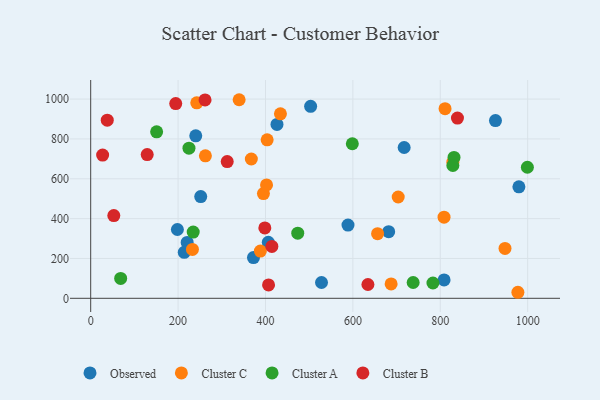
{"axis": {"x": "Engine Size", "y": "Yield"}, "legend": ["Cluster A", "Cluster B", "Cluster C", "Observed"], "data": [{"x": "406.4", "y": 281.0, "type": "Observed"}, {"x": "198.4", "y": 345.3, "type": "Observed"}, {"x": "240.4", "y": 815.3, "type": "Observed"}, {"x": "426.3", "y": 872.6, "type": "Observed"}, {"x": "214.1", "y": 230.7, "type": "Observed"}, {"x": "979.9", "y": 559.3, "type": "Observed"}, {"x": "717.3", "y": 756.9, "type": "Observed"}, {"x": "528.2", "y": 79.3, "type": "Observed"}, {"x": "588.8", "y": 367.7, "type": "Observed"}, {"x": "503.3", "y": 963.5, "type": "Observed"}, {"x": "220.8", "y": 280.4, "type": "Observed"}, {"x": "808.7", "y": 92.4, "type": "Observed"}, {"x": "926.3", "y": 892.2, "type": "Observed"}, {"x": "681.9", "y": 334.5, "type": "Observed"}, {"x": "372.5", "y": 204.3, "type": "Observed"}, {"x": "251.8", "y": 510.4, "type": "Observed"}, {"x": "434.2", "y": 925.8, "type": "Cluster C"}, {"x": "703.7", "y": 508.4, "type": "Cluster C"}, {"x": "388.3", "y": 237.0, "type": "Cluster C"}, {"x": "403.8", "y": 795.2, "type": "Cluster C"}, {"x": "948.1", "y": 250.5, "type": "Cluster C"}, {"x": "395.3", "y": 525.8, "type": "Cluster C"}, {"x": "808.6", "y": 407.3, "type": "Cluster C"}, {"x": "810.9", "y": 951.9, "type": "Cluster C"}, {"x": "262.5", "y": 715.2, "type": "Cluster C"}, {"x": "242.7", "y": 981.1, "type": "Cluster C"}, {"x": "687.5", "y": 72.4, "type": "Cluster C"}, {"x": "977.6", "y": 30.3, "type": "Cluster C"}, {"x": "656.5", "y": 324.2, "type": "Cluster C"}, {"x": "402.4", "y": 569.1, "type": "Cluster C"}, {"x": "828.8", "y": 683.3, "type": "Cluster C"}, {"x": "367.6", "y": 699.2, "type": "Cluster C"}, {"x": "339.7", "y": 996.7, "type": "Cluster C"}, {"x": "232.8", "y": 245.5, "type": "Cluster C"}, {"x": "737.9", "y": 79.3, "type": "Cluster A"}, {"x": "224.9", "y": 753.3, "type": "Cluster A"}, {"x": "234.6", "y": 332.4, "type": "Cluster A"}, {"x": "150.9", "y": 835.5, "type": "Cluster A"}, {"x": "473.8", "y": 326.9, "type": "Cluster A"}, {"x": "999.3", "y": 657.8, "type": "Cluster A"}, {"x": "831.4", "y": 706.9, "type": "Cluster A"}, {"x": "783.2", "y": 76.9, "type": "Cluster A"}, {"x": "68.6", "y": 99.8, "type": "Cluster A"}, {"x": "828.8", "y": 666.5, "type": "Cluster A"}, {"x": "598.7", "y": 775.7, "type": "Cluster A"}, {"x": "37.9", "y": 893.9, "type": "Cluster B"}, {"x": "261.7", "y": 995.5, "type": "Cluster B"}, {"x": "129.3", "y": 721.3, "type": "Cluster B"}, {"x": "52.9", "y": 415.2, "type": "Cluster B"}, {"x": "27.3", "y": 718.7, "type": "Cluster B"}, {"x": "194.6", "y": 977.2, "type": "Cluster B"}, {"x": "407.0", "y": 67.2, "type": "Cluster B"}, {"x": "398.5", "y": 353.3, "type": "Cluster B"}, {"x": "634.4", "y": 69.4, "type": "Cluster B"}, {"x": "312.4", "y": 686.2, "type": "Cluster B"}, {"x": "414.6", "y": 260.5, "type": "Cluster B"}, {"x": "839.3", "y": 904.4, "type": "Cluster B"}]}